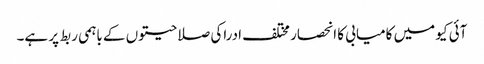
آئی کیو میں کامیابی کا انحصار مختلف ادراکی صلاحیتوں کے باہمی ربط پر ہے۔